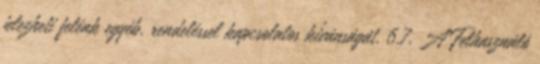
jelezheti felénk egyéb, rendeléssel kapcsolatos kívánságát. 6.7. A Felhasználó